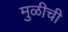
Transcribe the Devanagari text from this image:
मुळीची